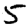
Digit: 5